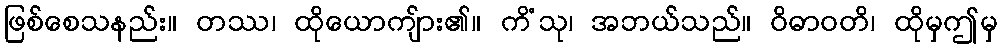
ဖြစ်စေသနည်း။ တဿ၊ ထိုယောကျ်ား၏။ ကိံသု၊ အဘယ်သည်။ ဝိဓာဝတိ၊ ထိုမှဤမှ